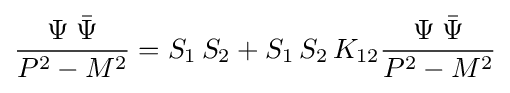
{\frac {\Psi \;{\bar {\Psi }}}{P^{2}-M^{2}}}=S_{1}\,S_{2}+S_{1}\,S_{2}\,K_{12}{\frac {\Psi \;{\bar {\Psi }}}{P^{2}-M^{2}}}